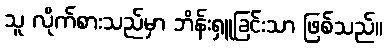
သူ လိုက်စားသည်မှာ ဘိန်းရှူခြင်းသာ ဖြစ်သည်။